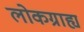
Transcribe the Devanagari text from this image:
लोकग्राह्य